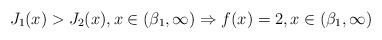
LaTeX: \begin{align*}J_1(x)>J_2(x), x\in(\beta_1,\infty) \Rightarrow f(x) = 2, x\in(\beta_1,\infty)\end{align*}